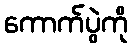
ကောက်ပွဲကို